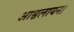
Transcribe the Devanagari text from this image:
आश्वलायन।